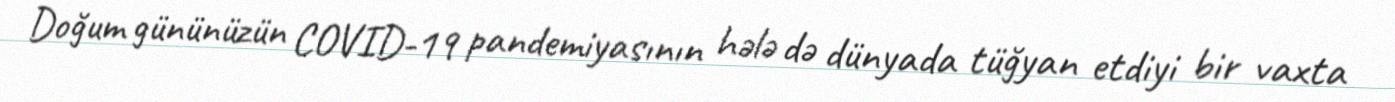
Doğum gününüzün COVID-19 pandemiyasının hələ də dünyada tüğyan etdiyi bir vaxta